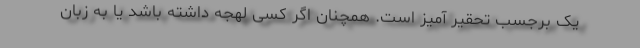
یک برجسب تحقیر آمیز است. همچنان اگر کسی لهجه داشته باشد یا به زبان